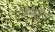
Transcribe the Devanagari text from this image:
महिमापूर्ण